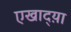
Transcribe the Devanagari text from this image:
एखाद्य़ा